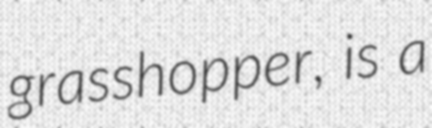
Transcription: grasshopper, is a